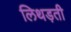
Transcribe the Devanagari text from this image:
लिथड़ती